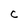
Character: c